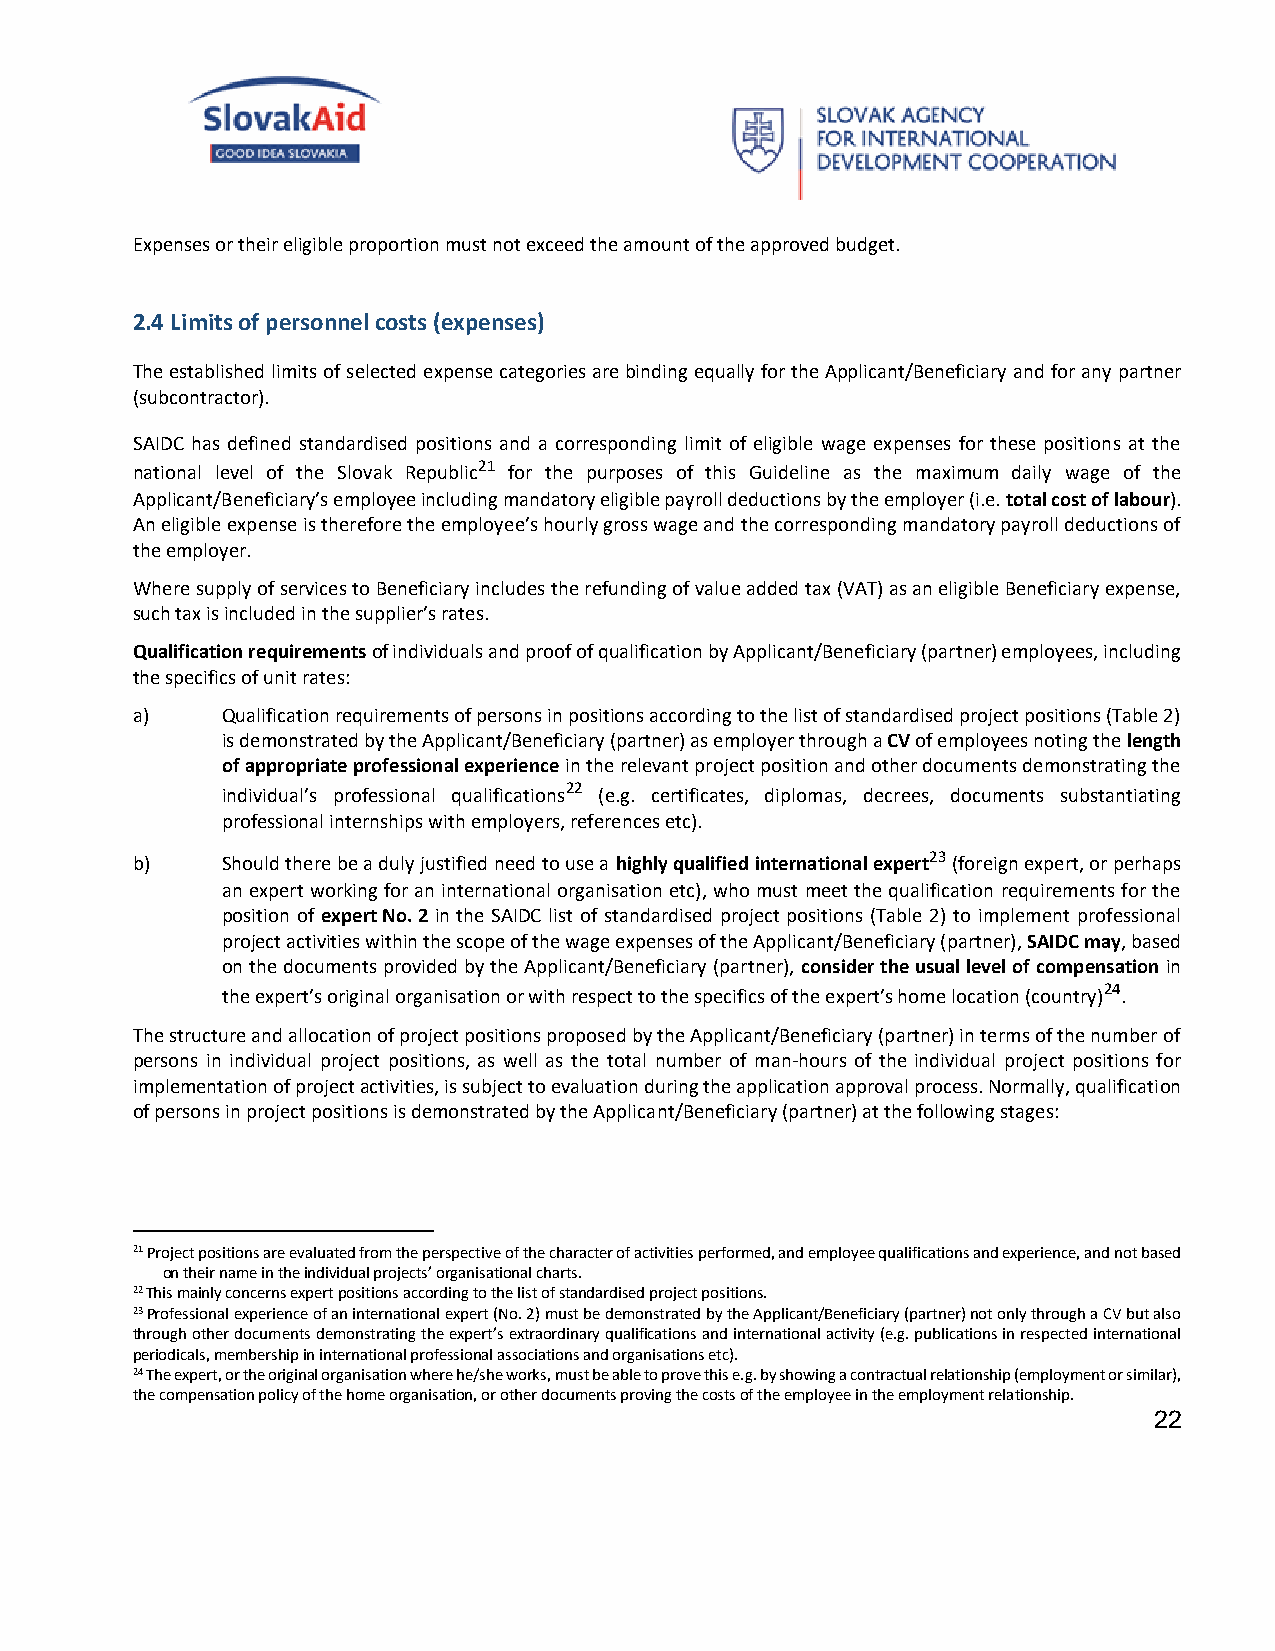
Expenses or their eligible proportion must not exceed the amount of the approved budget.
 2.4 Limits of personnel costs (expenses)
 The established limits of selected expense categories are binding equally for the Applicant/Beneficiary and for any partner
 (subcontractor).
 SAIDC has defined standardised positions and a corresponding limit of eligible wage expenses for these positions at the
 national level of the Slovak Republic21 for the purposes of this Guideline as the maximum daily wage of the
 Applicant/Beneficiary’s employee including mandatory eligible payroll deductions by the employer (i.e. total cost of labour).
 An eligible expense is therefore the employee’s hourly gross wage and the corresponding mandatory payroll deductions of
 the employer.
 Where supply of services to Beneficiary includes the refunding of value added tax (VAT) as an eligible Beneficiary expense,
 such tax is included in the supplier’s rates.
 Qualification requirements of individuals and proof of qualification by Applicant/Beneficiary (partner) employees, including
 the specifics of unit rates:
 a)    Qualification requirements of persons in positions according to the list of standardised project positions (Table 2)
 is demonstrated by the Applicant/Beneficiary (partner) as employer through a CV of employees noting the length
 of appropriate professional experience in the relevant project position and other documents demonstrating the
 individual’s professional qualifications22 (e.g. certificates, diplomas, decrees, documents substantiating
 professional internships with employers, references etc).
 b)    Should there be a duly justified need to use a highly qualified international expert23 (foreign expert, or perhaps
 an expert working for an international organisation etc), who must meet the qualification requirements for the
 position of expert No. 2 in the SAIDC list of standardised project positions (Table 2) to implement professional
 project activities within the scope of the wage expenses of the Applicant/Beneficiary (partner), SAIDC may, based
 on the documents provided by the Applicant/Beneficiary (partner), consider the usual level of compensation in
 the expert’s original organisation or with respect to the specifics of the expert’s home location (country)24.
 The structure and allocation of project positions proposed by the Applicant/Beneficiary (partner) in terms of the number of
 persons in individual project positions, as well as the total number of man-hours of the individual project positions for
 implementation of project activities, is subject to evaluation during the application approval process. Normally, qualification
 of persons in project positions is demonstrated by the Applicant/Beneficiary (partner) at the following stages:
 21 Project positions are evaluated from the perspective of the character of activities performed, and employee qualifications and experience, and not based
 on their name in the individual projects’ organisational charts.
 22 This mainly concerns expert positions according to the list of standardised project positions.
 23 Professional experience of an international expert (No. 2) must be demonstrated by the Applicant/Beneficiary (partner) not only through a CV but also
 through other documents demonstrating the expert’s extraordinary qualifications and international activity (e.g. publications in respected international
 periodicals, membership in international professional associations and organisations etc).
 24 The expert, or the original organisation where he/she works, must be able to prove this e.g. by showing a contractual relationship (employment or similar),
 the compensation policy of the home organisation, or other documents proving the costs of the employee in the employment relationship.
 22